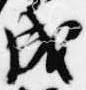
成